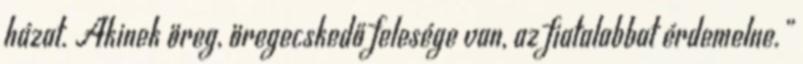
házat. Akinek öreg, öregecskedő felesége van, az fiatalabbat érdemelne.”